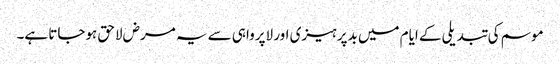
موسم کی تبدیلی کے ایام میں بدپرہیزی اور لاپرواہی سے یہ مرض لاحق ہوجاتا ہے۔